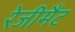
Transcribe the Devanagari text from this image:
रेजीमैंट